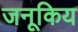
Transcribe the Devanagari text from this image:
जनूकिय